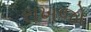
રાખજો